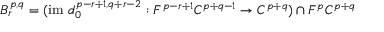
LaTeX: B _ { r } ^ { p , q } = ( { \mathrm { i m ~ } } d _ { 0 } ^ { p - r + 1 , q + r - 2 } : F ^ { p - r + 1 } C ^ { p + q - 1 } \rightarrow C ^ { p + q } ) \cap F ^ { p } C ^ { p + q }